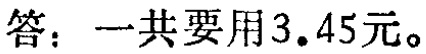
答：一共要用\(3.45\)元。